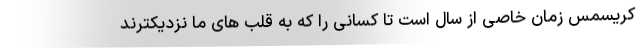
کریسمس زمان خاصی از سال است تا کسانی را که به قلب های ما نزدیکترند